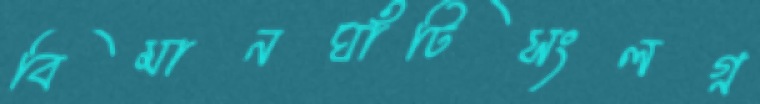
বিমানঘাঁটিসংলগ্ন